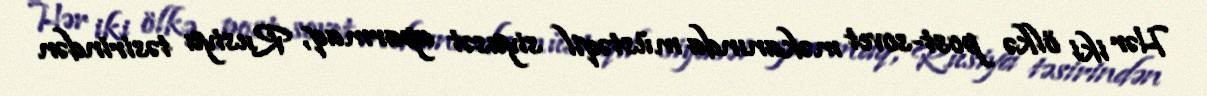
Hər iki ölkə post-sovet məkanında müstəqil siyasət aparmaq, Rusiya təsirindən